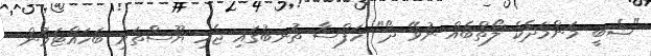
"ޝެބީ މަންމަދެކެ ލޯތްބެއް ނުވޭ ދޯ" ހަފްސާ ތުނބުގައި ޖެހި ޔޫސްތަށި ބަހައްޓަމުން